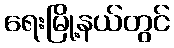
ရေးမြို့နယ်တွင်